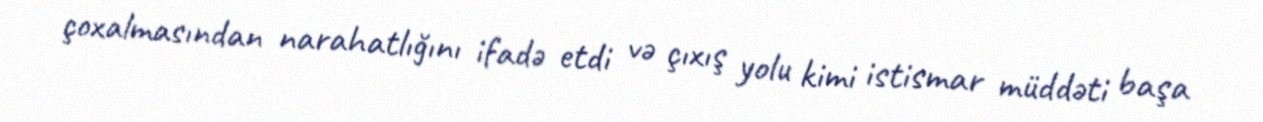
çoxalmasından narahatlığını ifadə etdi və çıxış yolu kimi istismar müddəti başa